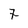
Character: 7